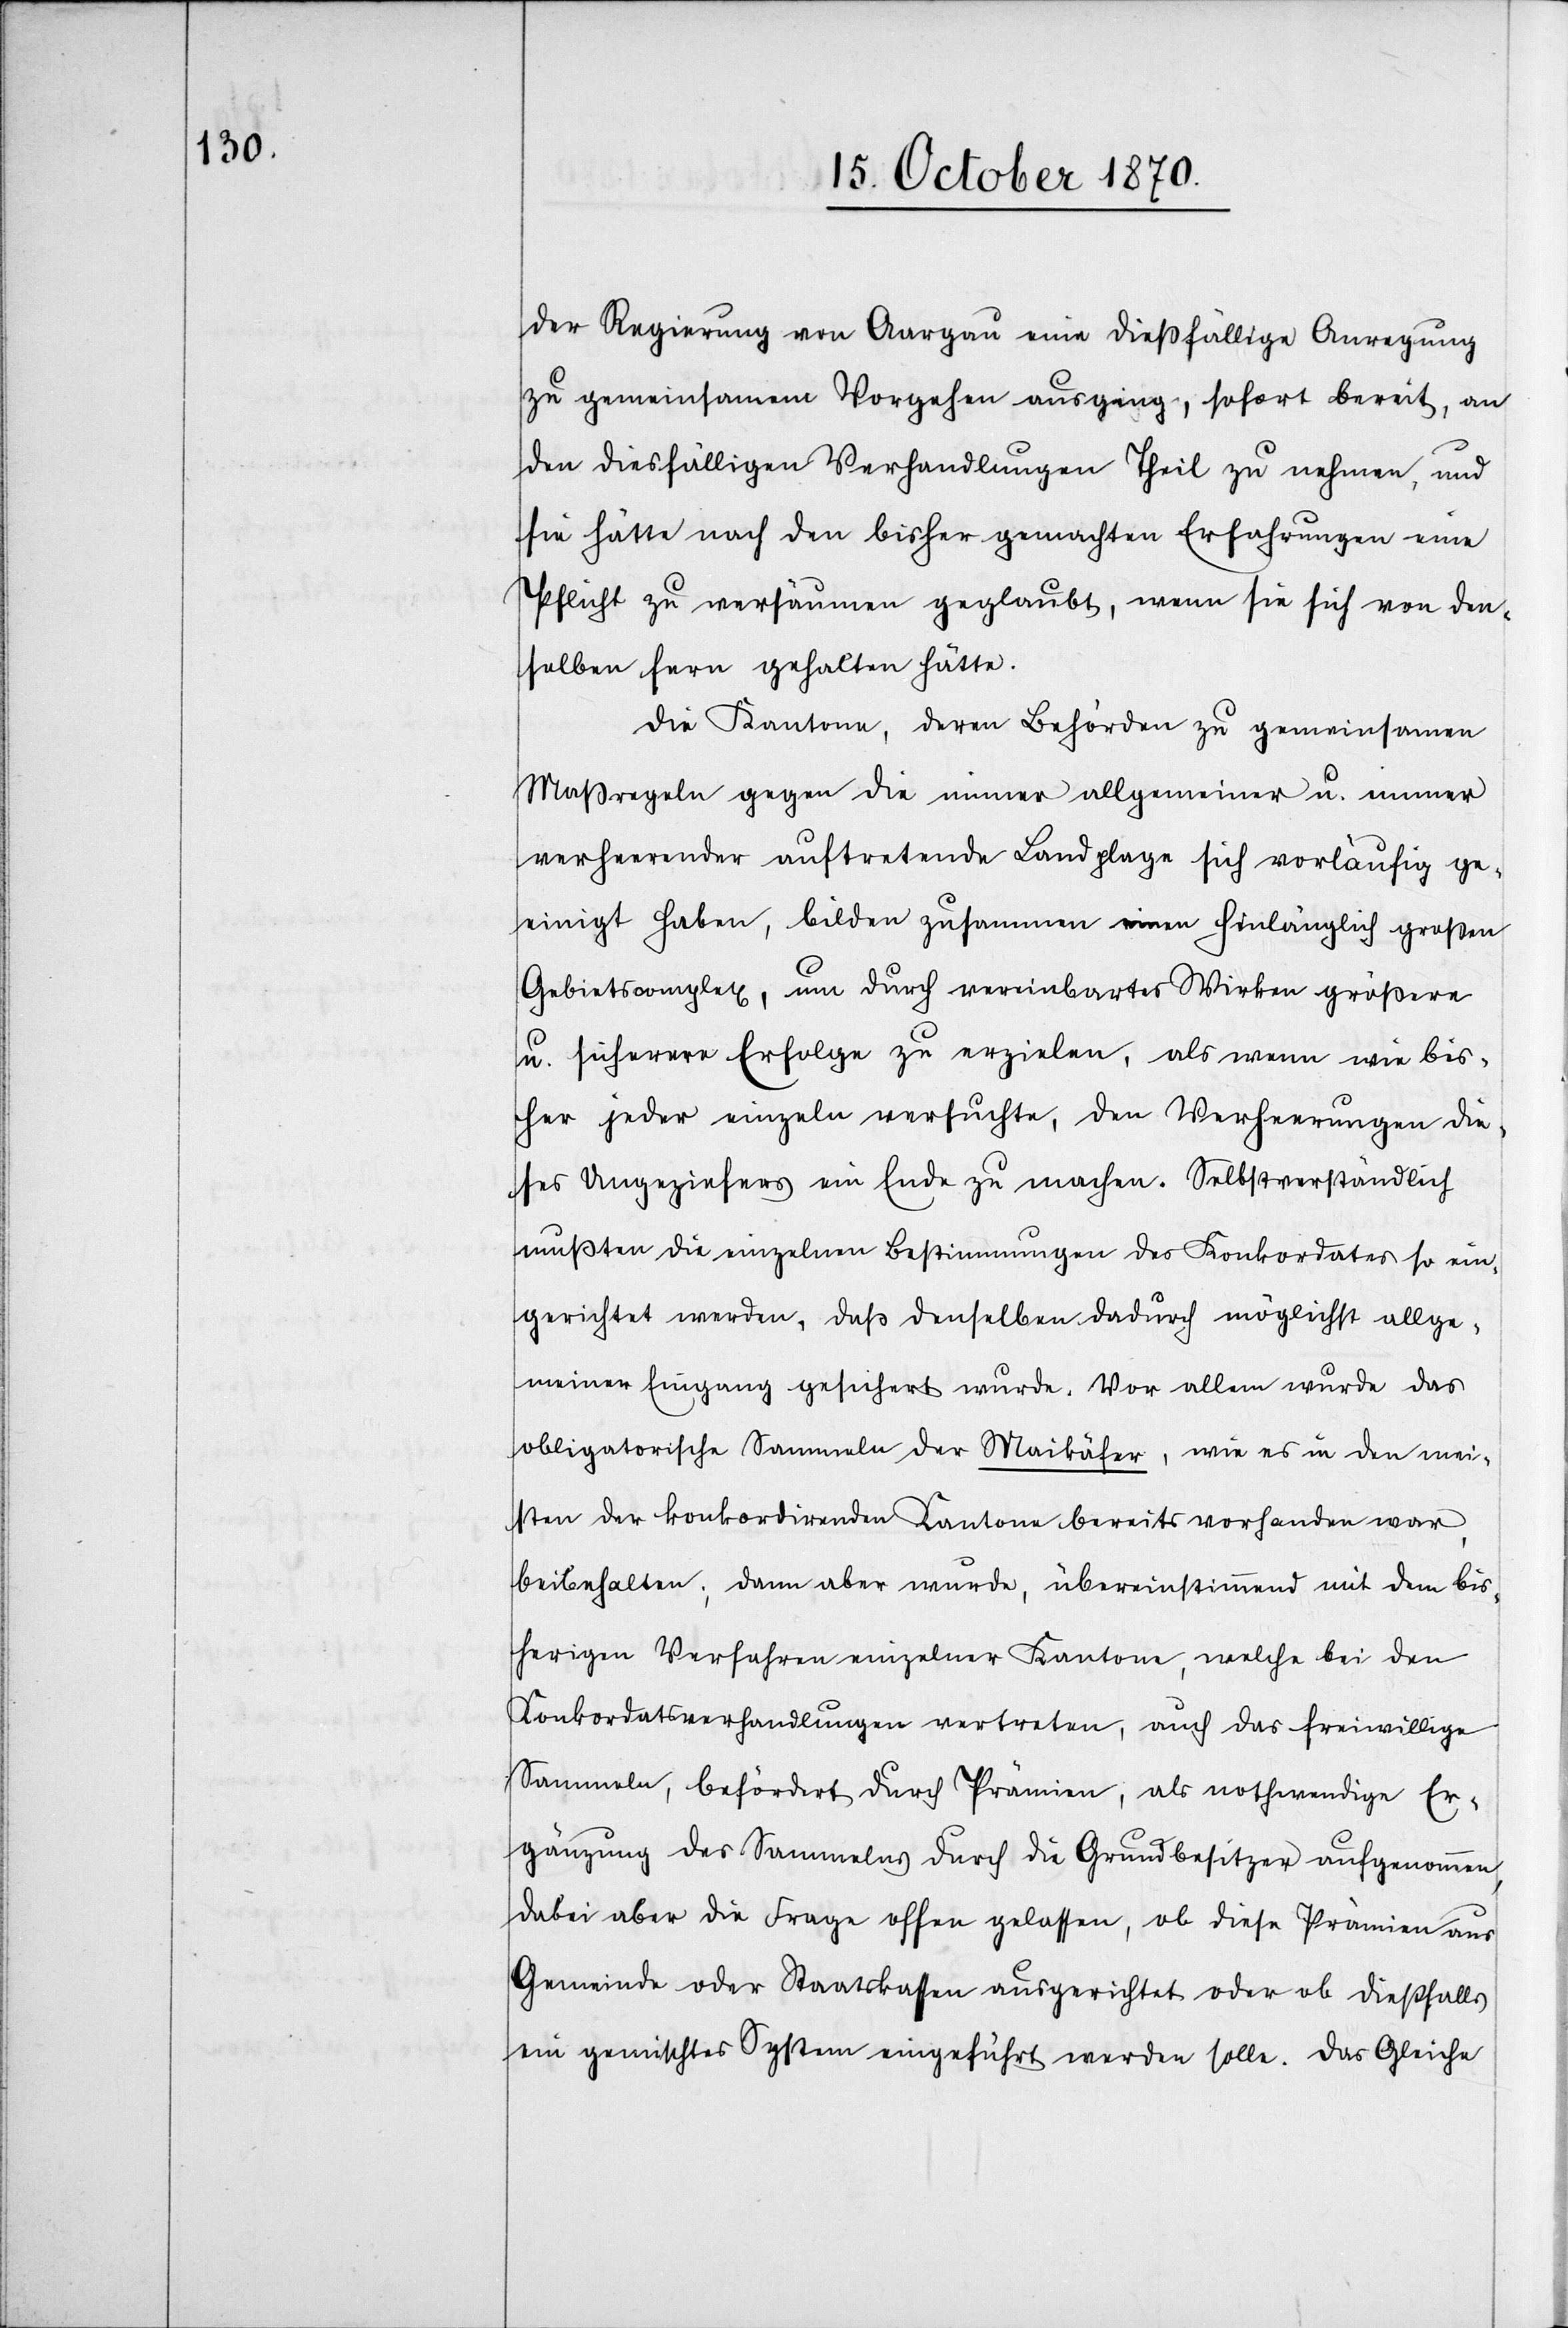
der Regierung von Aargau eine dießfällige Anregung
zu gemeinsamem Vorgehen ausging, sofort bereit, an
den diesfälligen Verhandlungen Theil zu nehmen, und
sie hätte nach den bisher gemachten Erfahrungen eine
Pflicht zu versäumen geglaubt, wenn sie sich von den¬
selben fern gehalten hätte.
Die Kantone, deren Behörden zu gemeinsamen
Maßregeln gegen die immer allgemeiner u. immer
verheerender auftretende Landplage sich vorläufig ge¬
einigt haben, bilden zusammen einen hinlänglich großen
Gebietskomplex, um durch vereinbartes Wirken größere
u. sicherere Erfolge zu erzielen, als wenn wie bis¬
her jeder einzeln versuchte, den Verheerungen die¬
ses Ungeziefers ein Ende zu machen. Selbstverständlich
mußten die einzelnen Bestimmungen des Konkordates so ein¬
gerichtet werden, daß denselben dadurch möglichst allge¬
meinen Eingang gesichert wurde. Vor allem wurde das
obligatorische Sammeln der Maikäfer, wie es in den mei¬
sten der konkordirenden Kantone bereits vorhanden war,
beibehalten; dann aber wurde, übereinstimmend mit dem bis¬
herigen Verfahren einzelner Kantone, welche bei den
Konkordatsverhahndlungen vertreten, auch das freiwillige
Sammeln, befördert durch Prämien, als nothwendige Er¬
gänzung des Sammelns durch Grundbesitzer aufgenommen,
dabei aber die Frage offen gelassen, ob dieses Prämien aus
Gemeinde oder Staatskassen ausgerichtet oder ob dießfalls
ein gemischtes System eingeführt werden solle. Das Gleiche